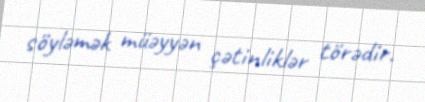
söyləmək müəyyən çətinliklər törədir.